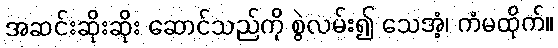
အဆင်းဆိုးဆိုး ဆောင်သည်ကို စွဲလမ်း၍ သေအံ့၊ ကံမထိုက်။